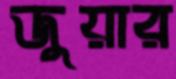
জুয়ার